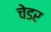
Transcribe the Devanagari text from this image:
चेडर